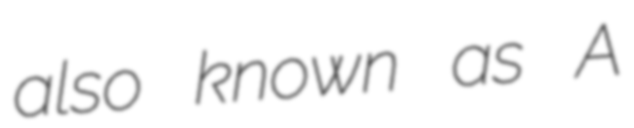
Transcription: also known as A